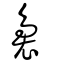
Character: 裊